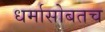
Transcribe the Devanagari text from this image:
धर्मासोबतच